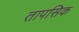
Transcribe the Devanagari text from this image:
तापसिक